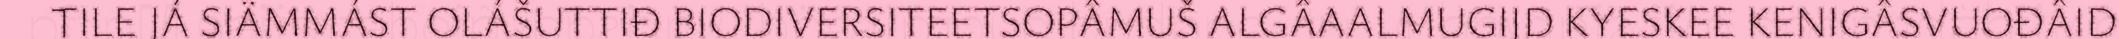
TILE JÁ SIÄMMÁST OLÁŠUTTIĐ BIODIVERSITEETSOPÂMUŠ ALGÂAALMUGIJD KYESKEE KENIGÂSVUOĐÂID